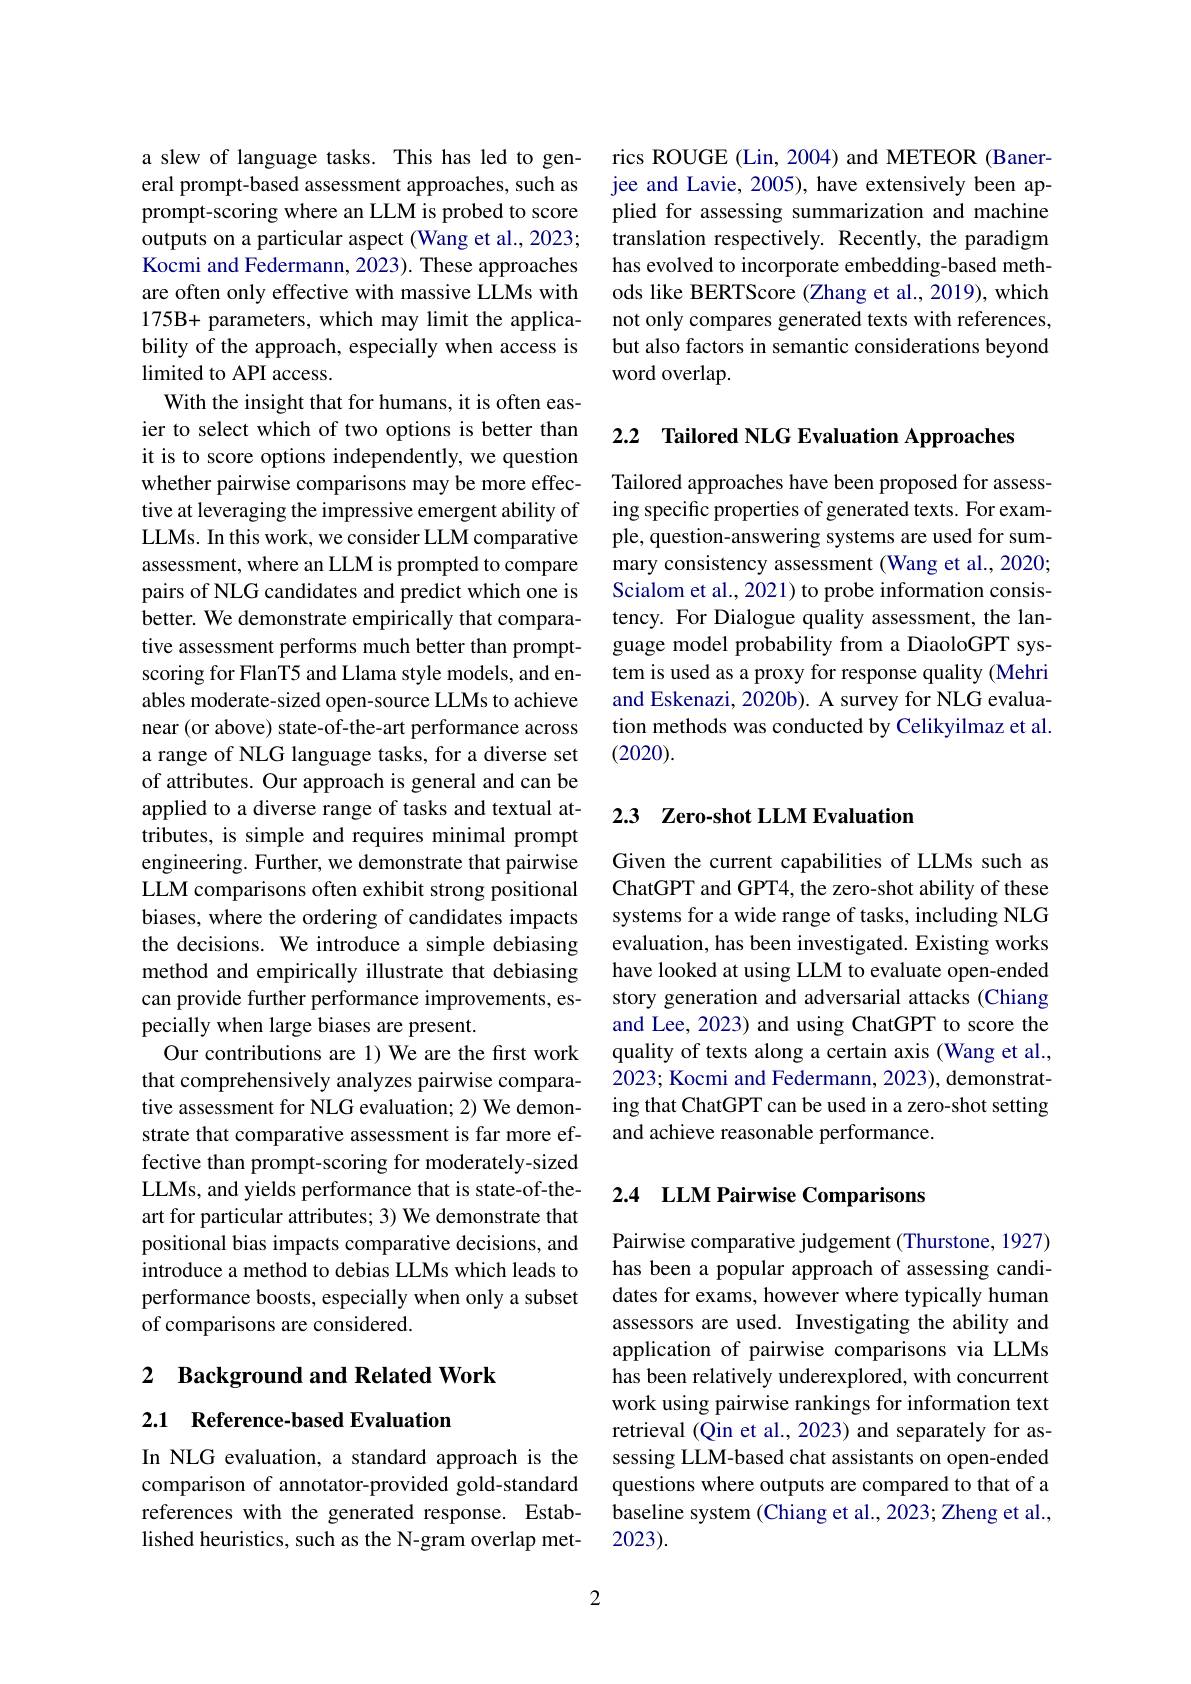
a slew of language tasks. This has led to general prompt-based assessment approaches, such as prompt-scoring where an LLM is probed to score outputs on a particular aspect (Wang et al., 2023; Kocmi and Federmann, 2023). These approaches are often only effective with massive LLMs with 175B+ parameters, which may limit the applicability of the approach, especially when access is limited to API access.
With the insight that for humans, it is often easier to select which of two options is better than it is to score options independently, we question whether pairwise comparisons may be more effective at leveraging the impressive emergent ability of LLMs. In this work, we consider LLM comparative assessment, where an LLM is prompted to compare pairs of NLG candidates and predict which one is better. We demonstrate empirically that comparative assessment performs much better than promptscoring for FlanT5 and Llama style models, and enables moderate-sized open-source LLMs to achieve near (or above) state-of-the-art performance across a range of NLG language tasks, for a diverse set of attributes. Our approach is general and can be applied to a diverse range of tasks and textual attributes, is simple and requires minimal prompt engineering. Further, we demonstrate that pairwise LLM comparisons often exhibit strong positional biases, where the ordering of candidates impacts the decisions. We introduce a simple debiasing method and empirically illustrate that debiasing can provide further performance improvements, especially when large biases are present.
Our contributions are 1) We are the first work that comprehensively analyzes pairwise comparative assessment for NLG evaluation; 2) We demonstrate that comparative assessment is far more effective than prompt-scoring for moderately-sized LLMs, and yields performance that is state-of-theart for particular attributes; 3) We demonstrate that positional bias impacts comparative decisions, and introduce a method to debias LLMs which leads to performance boosts, especially when only a subset of comparisons are considered.

2 Background and Related Work

2.1 Reference-based Evaluation

In NLG evaluation, a standard approach is the comparison of annotator-provided gold-standard references with the generated response. Established heuristics, such as the N-gram overlap met-

2

rics ROUGE (Lin, 2004) and METEOR (Banerjee and Lavie, 2005), have extensively been applied for assessing summarization and machine translation respectively. Recently, the paradigm has evolved to incorporate embedding-based methods like BERTScore (Zhang et al., 2019), which not only compares generated texts with references, but also factors in semantic considerations beyond word overlap.

2.2 Tailored NLG Evaluation Approaches

Tailored approaches have been proposed for assessing specific properties of generated texts. For example, question-answering systems are used for summary consistency assessment (Wang et al., 2020; Scialom et al., 2021) to probe information consistency. For Dialogue quality assessment, the language model probability from a DiaoloGPT system is used as a proxy for response quality (Mehri and Eskenazi, 2020b). A survey for NLG evaluation methods was conducted by Celikyilmaz et al. (2020).

## 2.3 Zero-shot LLM Evaluation

Given the current capabilities of LLMs such as ChatGPT and GPT4, the zero-shot ability of these systems for a wide range of tasks, including NLG evaluation, has been investigated. Existing works have looked at using LLM to evaluate open-ended story generation and adversarial attacks (Chiang and Lee, 2023) and using ChatGPT to score the quality of texts along a certain axis (Wang et al., 2023; Kocmi and Federmann, 2023), demonstrating that ChatGPT can be used in a zero-shot setting and achieve reasonable performance.

## 2.4 LLM Pairwise Comparisons

Pairwise comparative judgement (Thurstone, 1927) has been a popular approach of assessing candidates for exams, however where typically human assessors are used. Investigating the ability and application of pairwise comparisons via LLMs has been relatively underexplored, with concurrent work using pairwise rankings for information text retrieval (Qin et al., 2023) and separately for assessing LLM-based chat assistants on open-ended questions where outputs are compared to that of a baseline system (Chiang et al., 2023; Zheng et al., 2023).